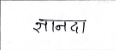
मजकूर: ज्ञानदा